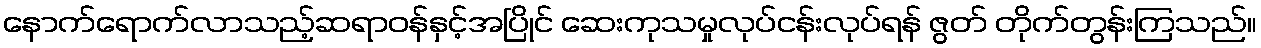
နောက်ရောက်လာသည့်ဆရာဝန်နှင့်အပြိုင် ဆေးကုသမှုလုပ်ငန်းလုပ်ရန် ဇွတ် တိုက်တွန်းကြသည်။